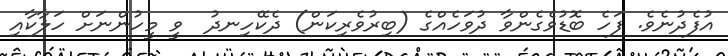
އުފެދުނެވެ. ފަހެ ބޮޑުވެގެންވާ ދުވަހެއްގެ (ބިރުވެރިކަން) ދެކޭހިނދު  ވީ މީހުންނަށް ހަލާކާއި